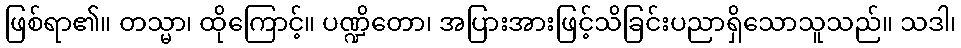
ဖြစ်ရာ၏။ တသ္မာ၊ ထိုကြောင့်။ ပဏ္ဍိတော၊ အပြားအားဖြင့်သိခြင်းပညာရှိသောသူသည်။ သဒါ၊